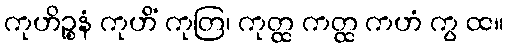
ကုဟိဉ္စနံ ကုဟိံ ကုတြ၊ ကုတ္ထ ကတ္ထ ကဟံ ကွ ထ။